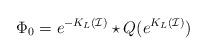
LaTeX: \begin{align*}\Phi_0=e^{-K_L(\mathcal{I})}\star Q(e^{K_L(\mathcal{I})})\end{align*}